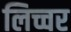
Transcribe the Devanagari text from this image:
लिच्चर